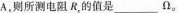
A. 则所测电阻R_{&}的值是___Ω。